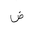
Letter: _dad